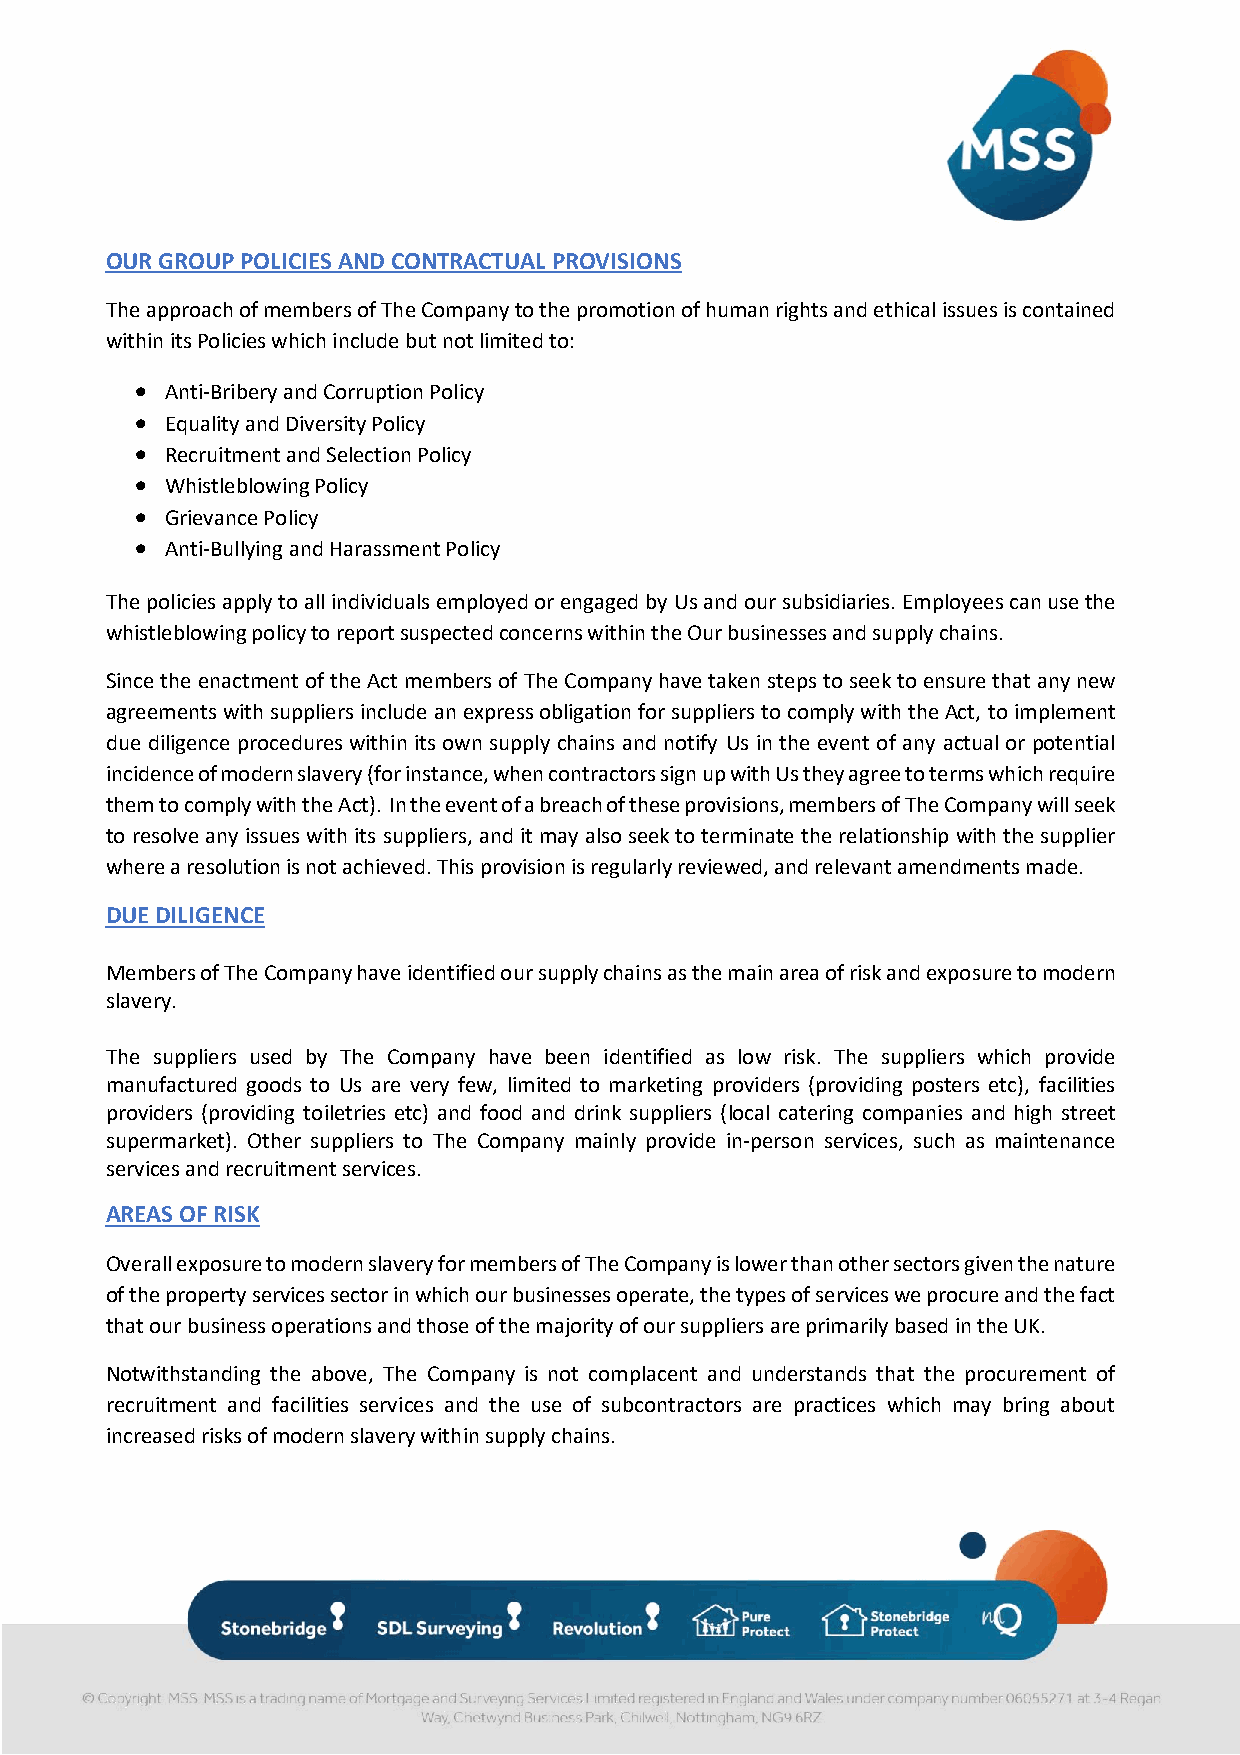
OUR GROUP POLICIES AND CONTRACTUAL PROVISIONS
 The approach of members of The Company to the promotion of human rights and ethical issues is contained
 within its Policies which include but not limited to:
 • Anti-Bribery and Corruption Policy
 • Equality and Diversity Policy
 • Recruitment and Selection Policy
 • Whistleblowing Policy
 • Grievance Policy
 • Anti-Bullying and Harassment Policy
 The policies apply to all individuals employed or engaged by Us and our subsidiaries. Employees can use the
 whistleblowing policy to report suspected concerns within the Our businesses and supply chains.
 Since the enactment of the Act members of The Company have taken steps to seek to ensure that any new
 agreements with suppliers include an express obligation for suppliers to comply with the Act, to implement
 due diligence procedures within its own supply chains and notify Us in the event of any actual or potential
 incidence of modern slavery (for instance, when contractors sign up with Us they agree to terms which require
 them to comply with the Act). In the event of a breach of these provisions, members of The Company will seek
 to resolve any issues with its suppliers, and it may also seek to terminate the relationship with the supplier
 where a resolution is not achieved. This provision is regularly reviewed, and relevant amendments made.
 DUE DILIGENCE
 Members of The Company have identified our supply chains as the main area of risk and exposure to modern
 slavery.
 The suppliers used by The Company have been identified as low risk. The suppliers which provide
 manufactured goods to Us are very few, limited to marketing providers (providing posters etc), facilities
 providers (providing toiletries etc) and food and drink suppliers (local catering companies and high street
 supermarket). Other suppliers to The Company mainly provide in-person services, such as maintenance
 services and recruitment services.
 AREAS OF RISK
 Overall exposure to modern slavery for members of The Company is lower than other sectors given the nature
 of the property services sector in which our businesses operate, the types of services we procure and the fact
 that our business operations and those of the majority of our suppliers are primarily based in the UK.
 Notwithstanding the above, The Company is not complacent and understands that the procurement of
 recruitment and facilities services and the use of subcontractors are practices which may bring about
 increased risks of modern slavery within supply chains.